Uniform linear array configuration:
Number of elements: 64
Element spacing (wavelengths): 0.25
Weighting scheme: blackman
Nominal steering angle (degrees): -30
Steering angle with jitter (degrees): -30.13
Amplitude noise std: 0.05
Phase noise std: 0.05

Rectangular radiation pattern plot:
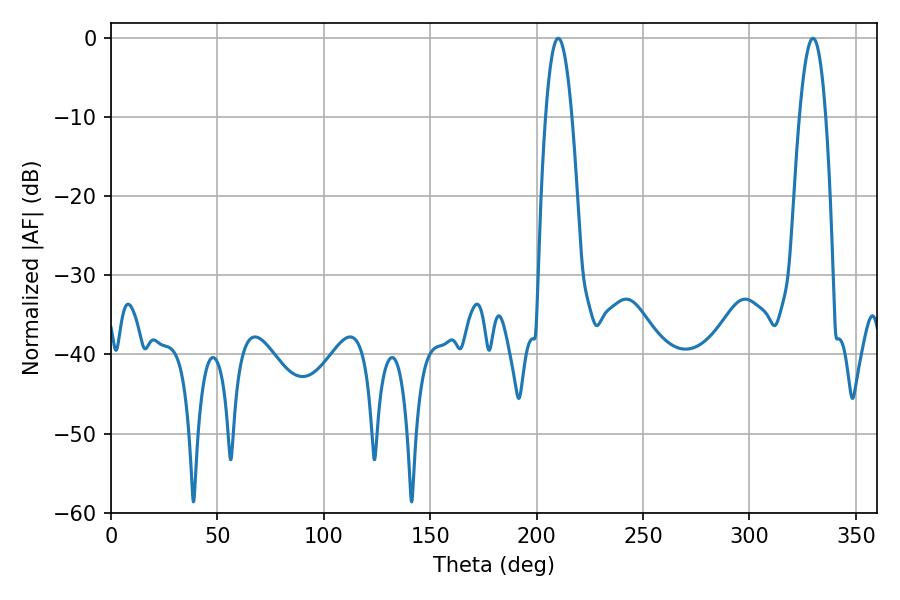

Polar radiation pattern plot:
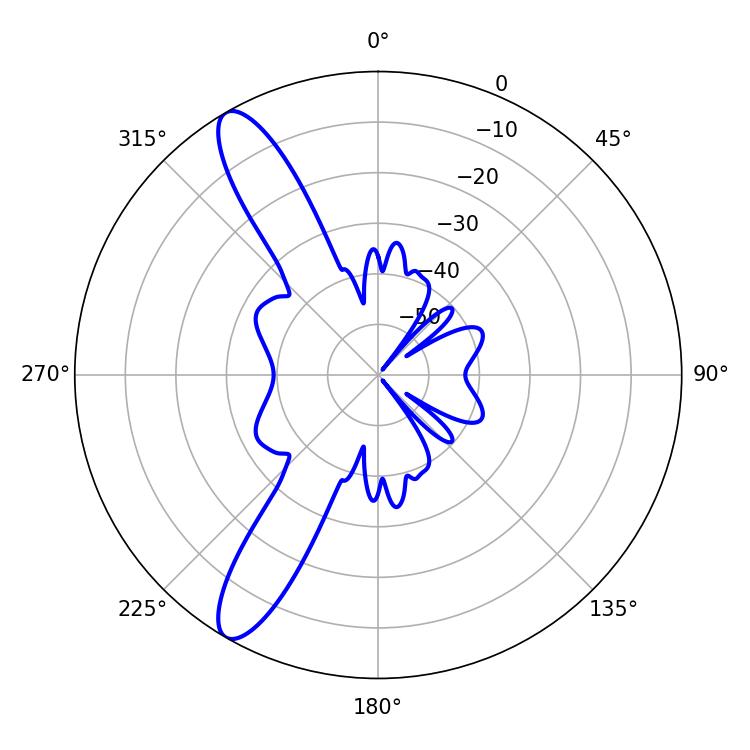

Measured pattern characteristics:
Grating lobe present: FALSE
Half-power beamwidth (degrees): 6.84
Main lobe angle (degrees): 210.06